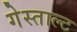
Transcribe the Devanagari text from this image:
गेस्ताल्ट